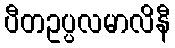
ပီတဥပ္ပလမာလိနီ